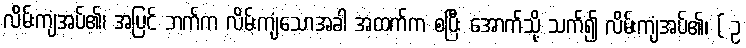
လိမ်းကျံအပ်၏၊ အပြင် ဘက်က လိမ်းကျံသောအခါ အထက်က စပြီး အောက်သို့ သက်၍ လိမ်းကျံအပ်၏၊ ( ဥ